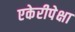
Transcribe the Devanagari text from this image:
एकेरीपेक्षा